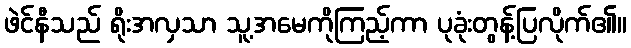
ဖဲင်နီသည် ရိုးအလှသာ သူ့အမေကိုကြည့်ကာ ပုခုံးတွန့်ပြလိုက်၏။